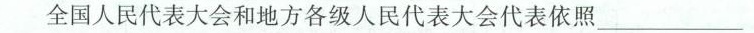
全国人民代表大会和地方各级人民代表大会代表依照_____